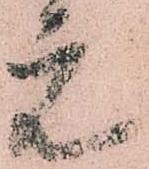
元